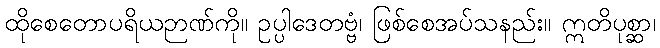
ထိုစေတောပရိယဉာဏ်ကို။ ဥပ္ပါဒေတဗ္ဗံ၊ ဖြစ်စေအပ်သနည်း။ ဣတိပုစ္ဆာ၊